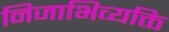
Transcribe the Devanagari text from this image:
निजाभिव्यक्ति